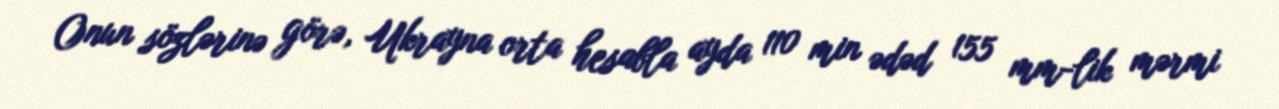
Onun sözlərinə görə, Ukrayna orta hesabla ayda 110 min ədəd 155 mm-lik mərmi